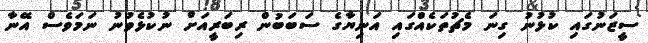
ސީޒަނުގައި ކުޅުނު ގިނަ މެޗުތަކެއްގައި އަނިޔާގެ ސަބަބުން ރިބަރީއަށް ނުކުޅެވުނު ނަމަވެސް އޭނާ